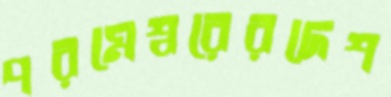
পরমেশ্বরেরদেশ